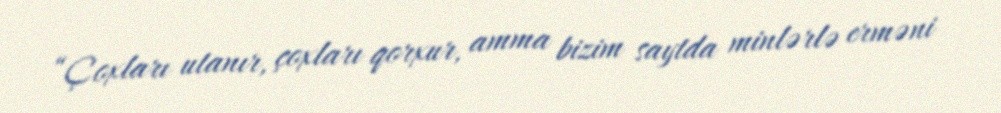
“Çoxları utanır, çoxları qorxur, amma bizim saytda minlərlə erməni